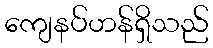
ကျေနပ်ဟန်ရှိသည်